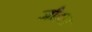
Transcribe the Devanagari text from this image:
जौहरा